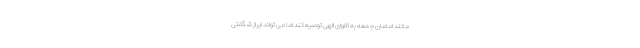
مانند امامان جمعه به تقوای الهی توصیه کند اما می تواند ابراز شگفتی